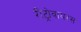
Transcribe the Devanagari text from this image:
रीट्रोवायरस